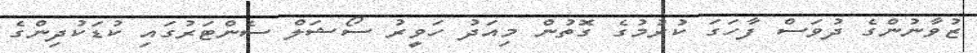
ޒުވާނުންގެ ދުވަސް ފާހަގަ ކުރުމުގެ ގޮތުން މިއަދު ހަވީރު ސޯޝަލް ސެންޓަރުގައި ކުޑަކުދިންގެ